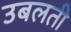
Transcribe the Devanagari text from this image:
उबलती